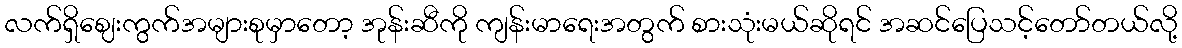
လက်ရှိဈေးကွက်အများစုမှာတော့ အုန်းဆီကို ကျန်းမာရေးအတွက် စားသုံးမယ်ဆိုရင် အဆင်ပြေသင့်တော်တယ်လို့